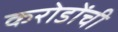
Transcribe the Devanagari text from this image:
करोडोंची